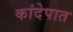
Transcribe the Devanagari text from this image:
कांदेपात